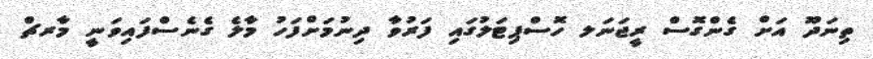
ތިނަދޫ އަށް ގެންގޮސް ރީޖަނަލ ހޮސްޕިޓަލުގައި ފަރުވާ ދިނުމަށްފަހު މާލެ ގެނެސްފައިވަނީ މާރޗް